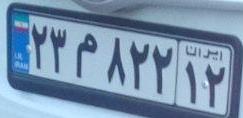
۲۳م۲۲۱۲